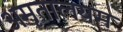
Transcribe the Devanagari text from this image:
अमृतालयम